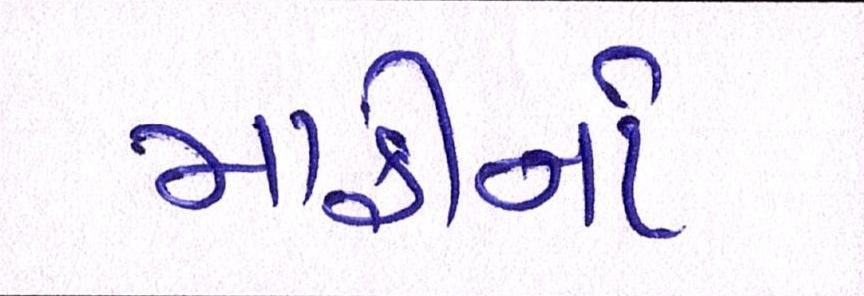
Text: માફીનો